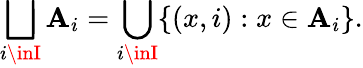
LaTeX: \bigsqcup_{i\inI}\mathbf{A}_{i}=\bigcup_{i\inI}\{ (x,i):x\in\mathbf{A}_{i}\} .